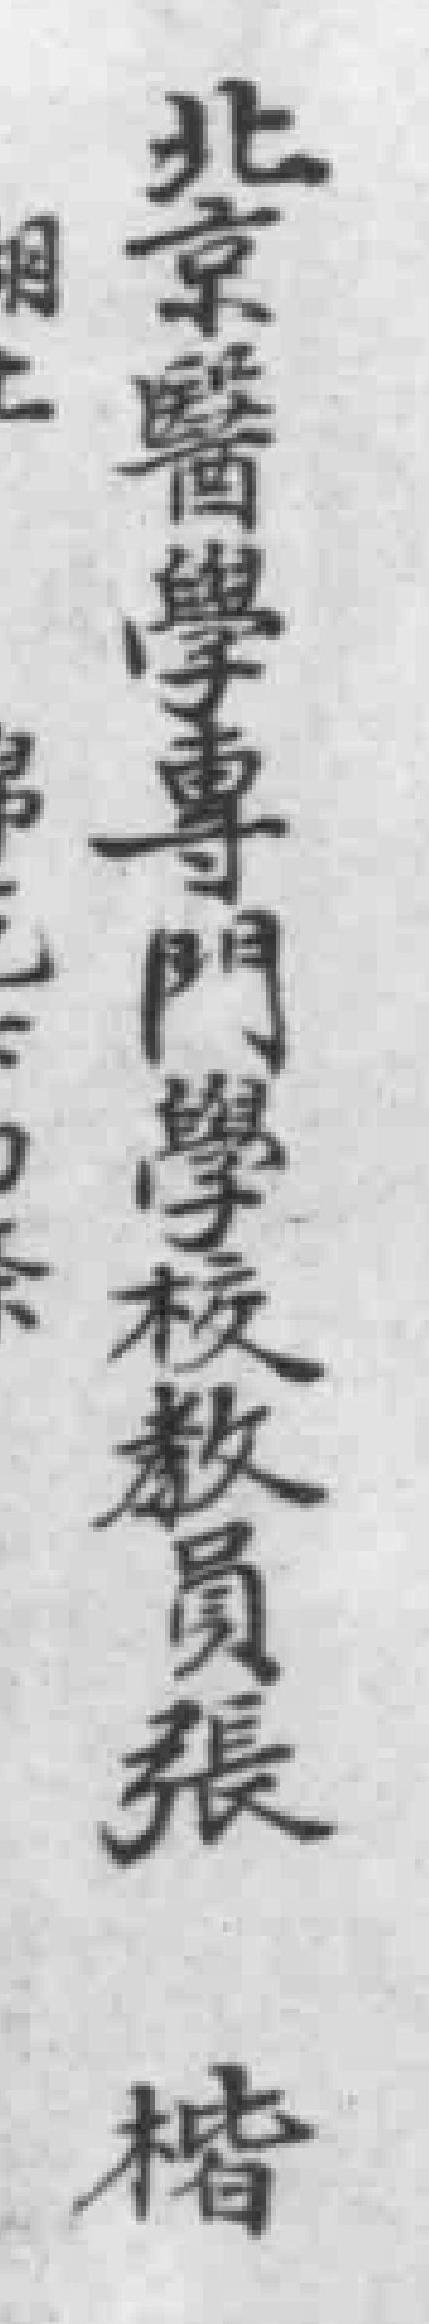
北韋醫學專門學校教員張楷